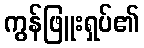
ကွန်ဖြူးရှပ်၏